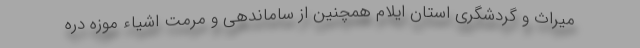
میراث و گردشگری استان ایلام همچنین از ساماندهی و مرمت اشیاء موزه دره